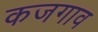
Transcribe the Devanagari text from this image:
कजगाव